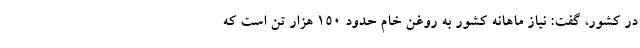
در کشور، گفت: نیاز ماهانه کشور به روغن خام حدود ۱۵۰ هزار تن است که